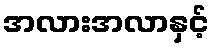
အလားအလာနှင့်